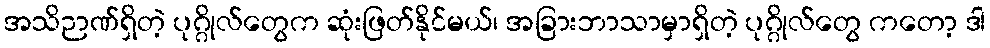
အသိဉာဏ်ရှိတဲ့ ပုဂ္ဂိုလ်တွေက ဆုံးဖြတ်နိုင်မယ်၊ အခြားဘာသာမှာရှိတဲ့ ပုဂ္ဂိုလ်တွေ ကတော့ ဒါ